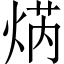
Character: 焫